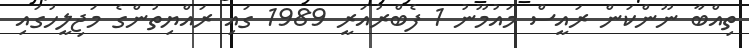
ތިއްބާ ނޫންކަން ރައީސް މައުމޫނު 1 ފެބްރުއަރީ 1989 ގައި ރައްޔިތުންގެ މަޖިލީހުގައި